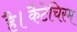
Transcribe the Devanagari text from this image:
है।कैटेचिस्म